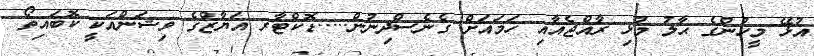
އުޅޭ މީހުންގެ ޙާލު މުޅި ރާއްޖެއާއި ހަމައަށް ގެނެސްދިނުން.....ޑޮކްޓާރ އަޔާޒްގެ ވިޝަންއަކީ ކޮބައިތޯ